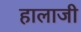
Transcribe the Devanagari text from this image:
हालाजी